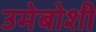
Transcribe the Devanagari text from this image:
उमेबोशी